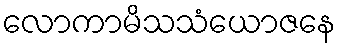
လောကာမိသသံယောဇနေ